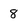
Character: 8